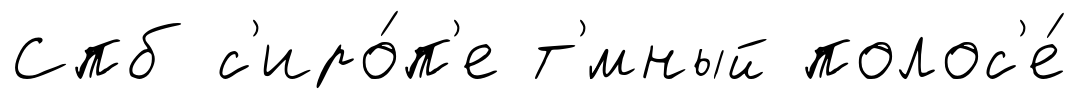
Спб с'иро́п'е т'́мный полос'е́